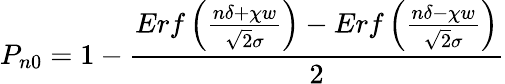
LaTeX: P_{n0}=1-\frac{Erf\left(\frac{n\delta+\chi w}{\sqrt{2}\sigma}\right)-Erf\left(\frac{n\delta-\chi w}{\sqrt{2}\sigma}\right)}{2}